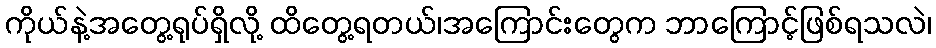
ကိုယ်နဲ့အတွေ့ရုပ်ရှိလို့ ထိတွေ့ရတယ်၊အကြောင်းတွေက ဘာကြောင့်ဖြစ်ရသလဲ၊